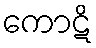
ကောဋိ